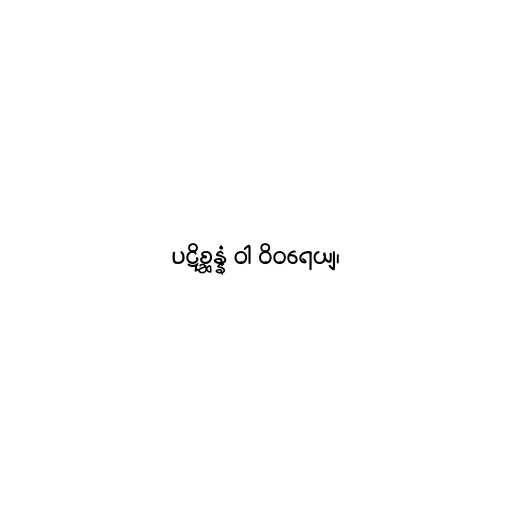
ပဋိစ္ဆန္နံ ဝါ ဝိဝရေယျ၊